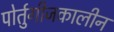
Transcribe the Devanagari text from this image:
पोर्तुगीजकालीन